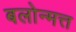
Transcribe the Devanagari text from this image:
बलोन्मत्त